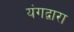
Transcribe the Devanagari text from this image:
यंगद्वारा